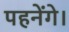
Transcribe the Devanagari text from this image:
पहनेंगे।